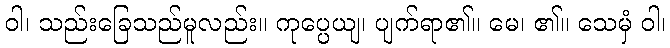
ဝါ၊ သည်းခြေသည်မူလည်း။ ကုပ္ပေယျ၊ ပျက်ရာ၏။ မေ၊ ၏။ သေမှံ ဝါ၊